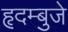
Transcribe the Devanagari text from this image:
हृदम्बुजे